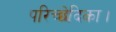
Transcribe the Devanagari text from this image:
परिच्छेदिका।